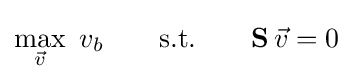
\max _{\vec {v}}\ v_{b}\qquad {\textrm {s.t.}}\qquad \mathbf {S} \,{\vec {v}}=0